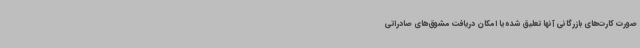
صورت کارت‌های بازرگانی آنها تعلیق شده یا امکان دریافت مشوق‌های صادراتی